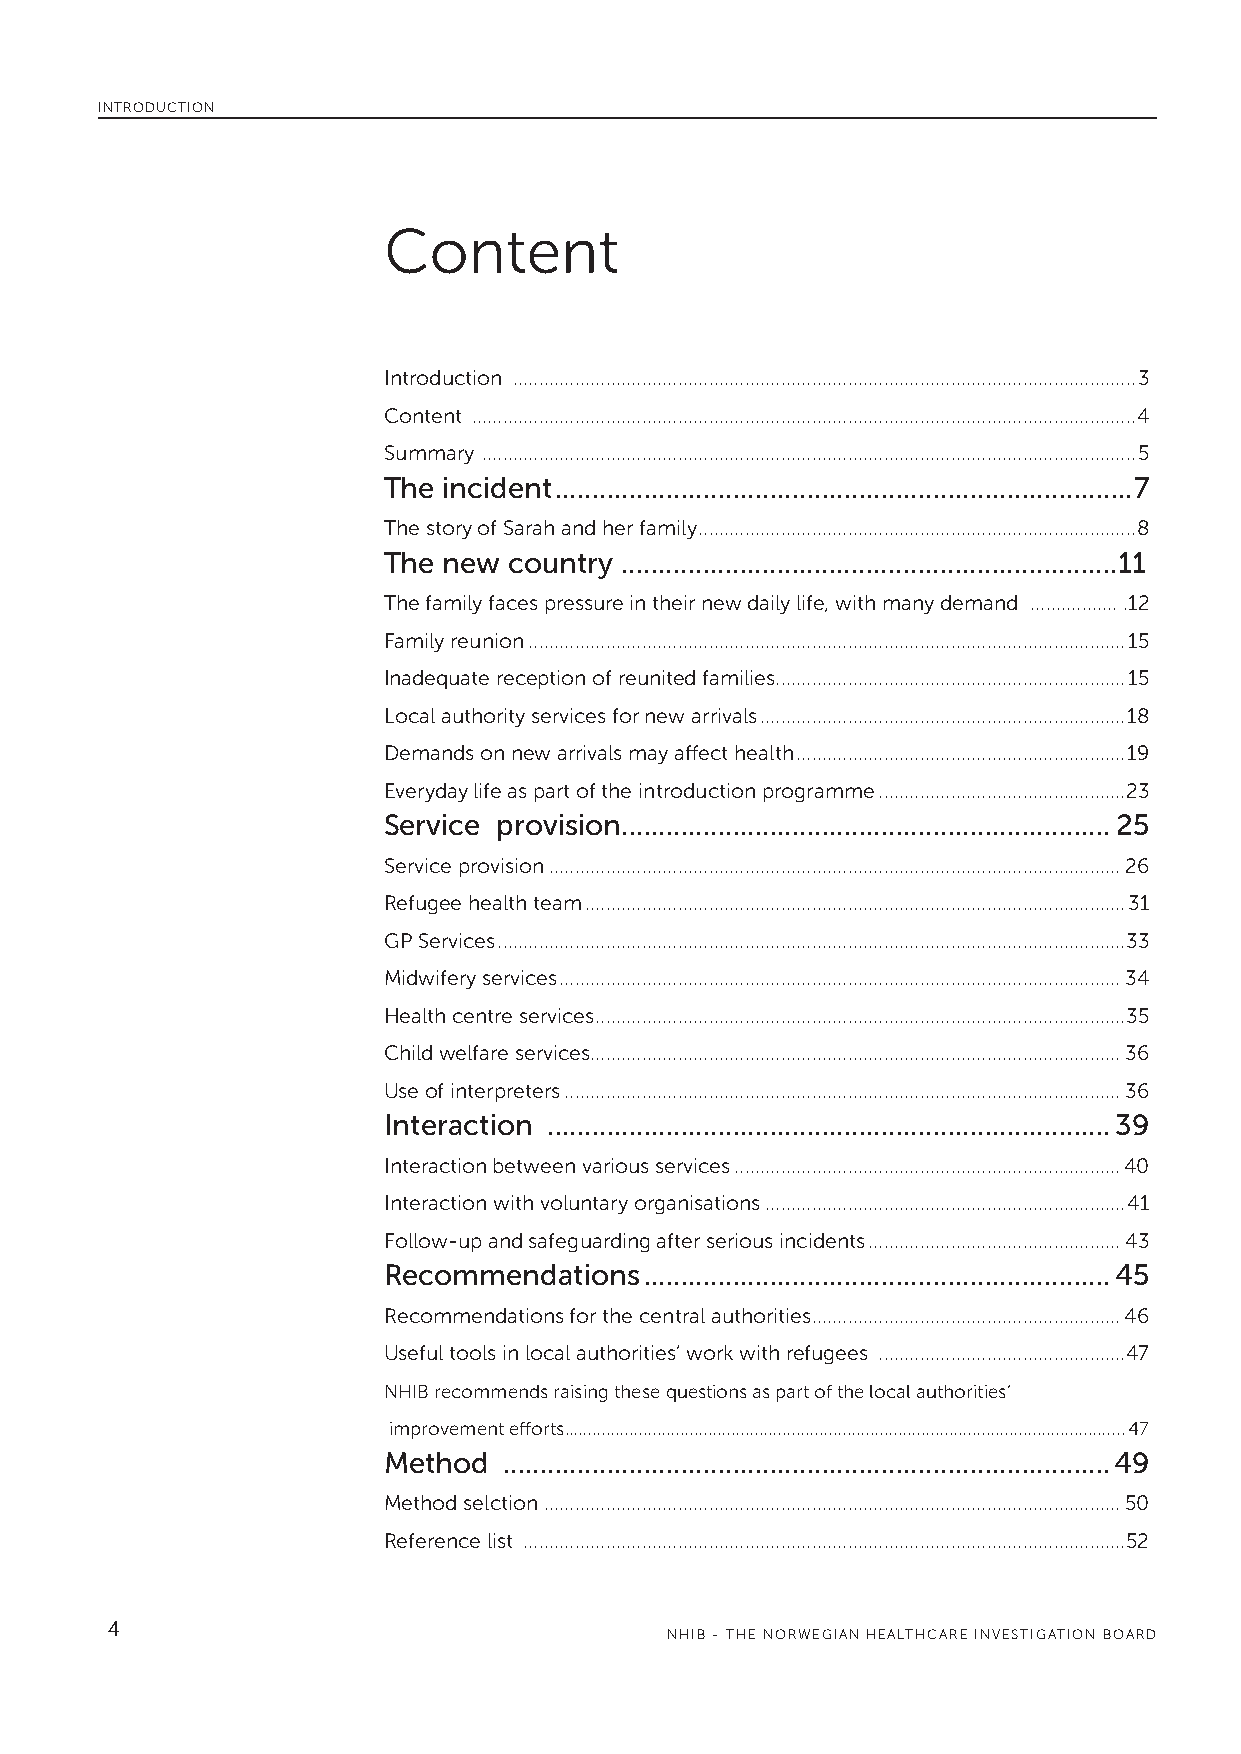
INTRODUCTION
 Content
 Introduction .........................................................................................................................3
 Content .................................................................................................................................4
 Summary ...............................................................................................................................5
 The incident ..............................................................................7
 The story of Sarah and her family .....................................................................................8
 The new  country ...................................................................11
 The family faces pressure in their new daily life, with many demand ................. .12
 Family reunion ....................................................................................................................15
 Inadequate reception of reunited families ....................................................................15
 Local authority services for new arrivals .......................................................................18
 Demands on new arrivals may affect health ................................................................19
 Everyday life as part of the introduction programme ................................................23
 Service provision ..................................................................25
 Service provision ...............................................................................................................26
 Refugee health team .........................................................................................................31
 GP Services ..........................................................................................................................33
 Midwifery services .............................................................................................................34
 Health centre services .......................................................................................................35
 Child welfare services.......................................................................................................36
 Use of interpreters ............................................................................................................36
 Interaction ............................................................................39
 Interaction between various services ...........................................................................40
 Interaction with voluntary organisations ......................................................................41
 Follow-up and safeguarding after serious incidents .................................................43
 Recommendations   ...............................................................45
 Recommendations for the central authorities ............................................................46
 Useful tools in local authorities’ work with refugees ................................................47
 NHIB recommends raising these questions as part of the local authorities’
 improvement efforts. ........................................................................................................................47
 Method  ..................................................................................49
 Method selction ................................................................................................................50
 Reference list .....................................................................................................................52
 4
 NHIB - THE NORWEGIAN HEALTHCARE INVESTIGATION BOARD